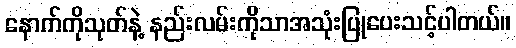
နောက်ကိုသုတ်နဲ့ နည်းလမ်းကိုသာအသုံးပြုပေးသင့်ပါတယ်။